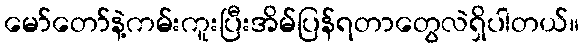
မော်တော်နဲ့ကမ်းကူးပြီးအိမ်ပြန်ရတာတွေလဲရှိပါတယ်။